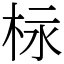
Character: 柡